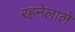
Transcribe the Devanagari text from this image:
रहनेलाले